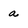
Character: a